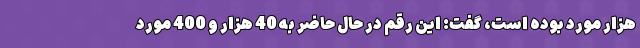
هزار مورد بوده است، گفت: این رقم در حال حاضر به 40 هزار و 400 مورد